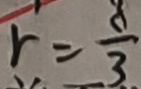
r = \frac { 8 } { 3 }